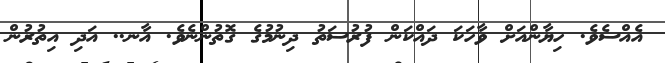
އެއްސެވެ. ހިޔާންއަށް ވާހަކަ ދައްކަން ފުރުސަތު ދިނުމުގެ ގޮތުންނެވެ. އާނ.. އަދި އިތުރުން